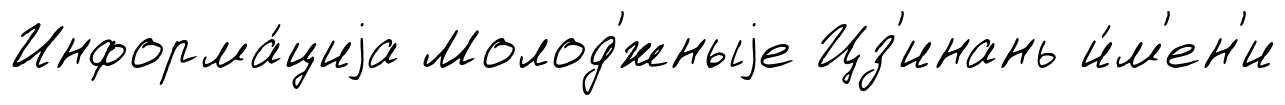
Информа́циjа Молод'́жныjе Цз'инань и́м'ен'и